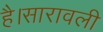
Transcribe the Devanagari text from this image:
है।सारावली